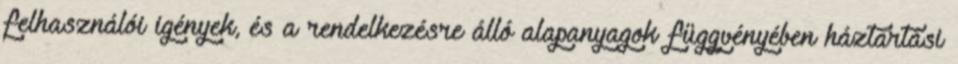
felhasználói igények, és a rendelkezésre álló alapanyagok függvényében háztartási